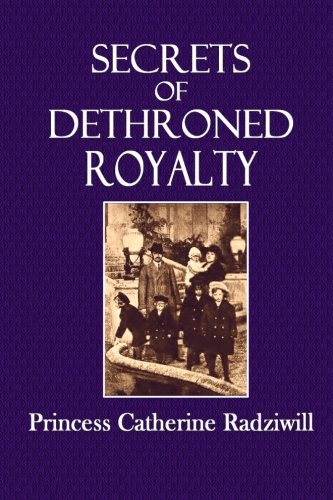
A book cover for Secrets of Dethroned Royalty; Princess Catherine Radziwill; Biographies & Memoirs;